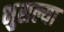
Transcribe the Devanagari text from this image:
भुसल्या